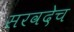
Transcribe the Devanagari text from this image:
सरवदेच